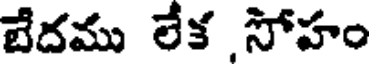
బేదము లేక సోహం